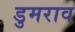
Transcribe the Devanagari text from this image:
डुमराव